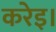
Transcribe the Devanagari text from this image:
करेइ।